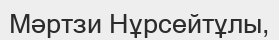
Мәртзи Нұрсейтұлы,